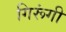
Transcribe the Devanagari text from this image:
गिरूंगी